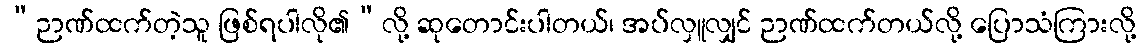
“ဉာဏ်ထက်တဲ့သူ ဖြစ်ရပါလို၏”လို့ ဆုတောင်းပါတယ်၊ အပ်လှူလျှင် ဉာဏ်ထက်တယ်လို့ ပြောသံကြားလို့